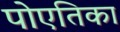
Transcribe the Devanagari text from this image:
पोएतिका